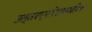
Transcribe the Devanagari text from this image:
उत्तरप्रदेशमधील